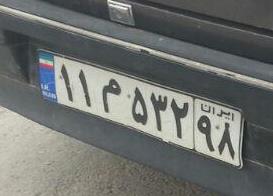
۱۱م۵۳۲۹۸